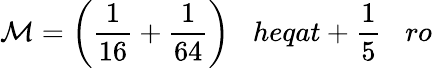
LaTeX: \mathcal{M}={\bigg(}{\frac{{1}}{{16}}}+{\frac{{1}}{{64}}}{\bigg)}\; \; \; heqat+{\frac{{1}}{{5}}}\; \; \; ro